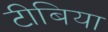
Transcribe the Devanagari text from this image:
टीबिया